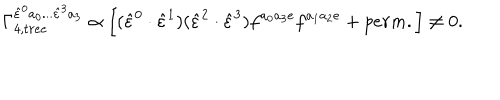
\Gamma _ { 4 , t r e e } ^ { \hat { \varepsilon } ^ { 0 } a _ { 0 } . . . \hat { \varepsilon } ^ { 3 } a _ { 3 } } \propto \left[ ( \hat { \varepsilon } ^ { 0 } \cdot \hat { \varepsilon } ^ { 1 } ) ( \hat { \varepsilon } ^ { 2 } \cdot \hat { \varepsilon } ^ { 3 } ) f ^ { a _ { 0 } a _ { 3 } e } f ^ { a _ { 1 } a _ { 2 } e } + p e r m . \right] \neq 0 .